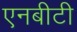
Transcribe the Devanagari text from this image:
एनबीटी